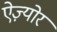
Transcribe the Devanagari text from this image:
ऐज़्योर